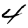
Digit: 4